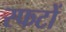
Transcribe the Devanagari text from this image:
स्फटों